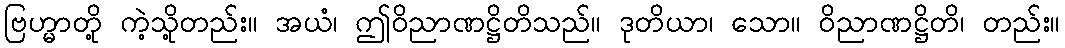
ဗြဟ္မာတို့ ကဲ့သို့တည်း။ အယံ၊ ဤဝိညာဏဋ္ဌိတိသည်။ ဒုတိယာ၊ သော။ ဝိညာဏဋ္ဌိတိ၊ တည်း။